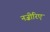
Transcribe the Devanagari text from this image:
नज़ीरिए